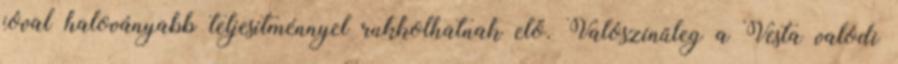
jóval haloványabb teljesítménnyel rukkolhatnak elő. Valószínűleg a Vesta valódi